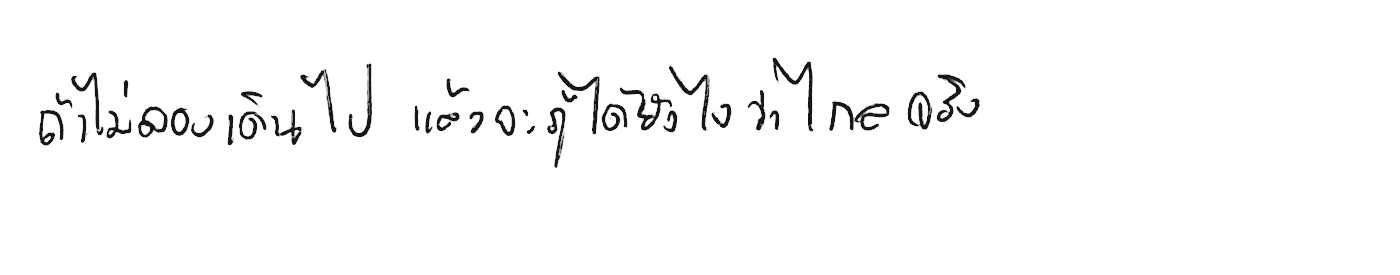
ถ้าไม่ลองเดินไป แล้วจะรู้ได้ยังไงว่าไกลจริง